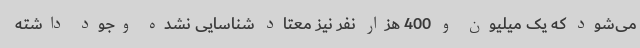
می‌شود که یک میلیون و 400 هزار نفر نیز معتاد شناسایی نشده وجود داشته